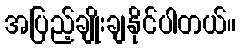
အပြည့်ချိုးချနိုင်ပါတယ်။